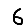
Digit: 6